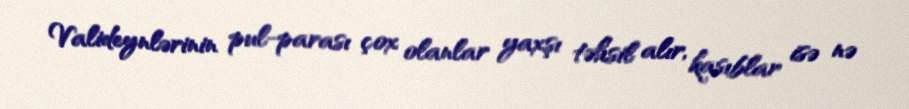
Valideynlərinin pul-parası çox olanlar yaxşı təhsil alır, kasıblar isə nə